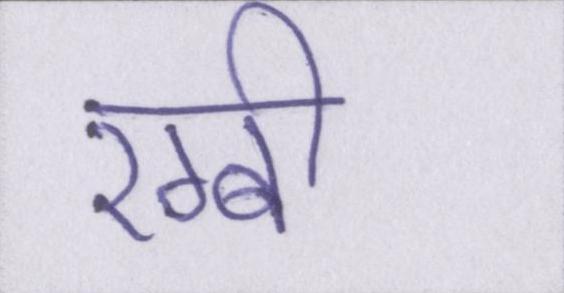
रग्बी